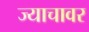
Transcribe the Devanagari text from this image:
ज्याचावर